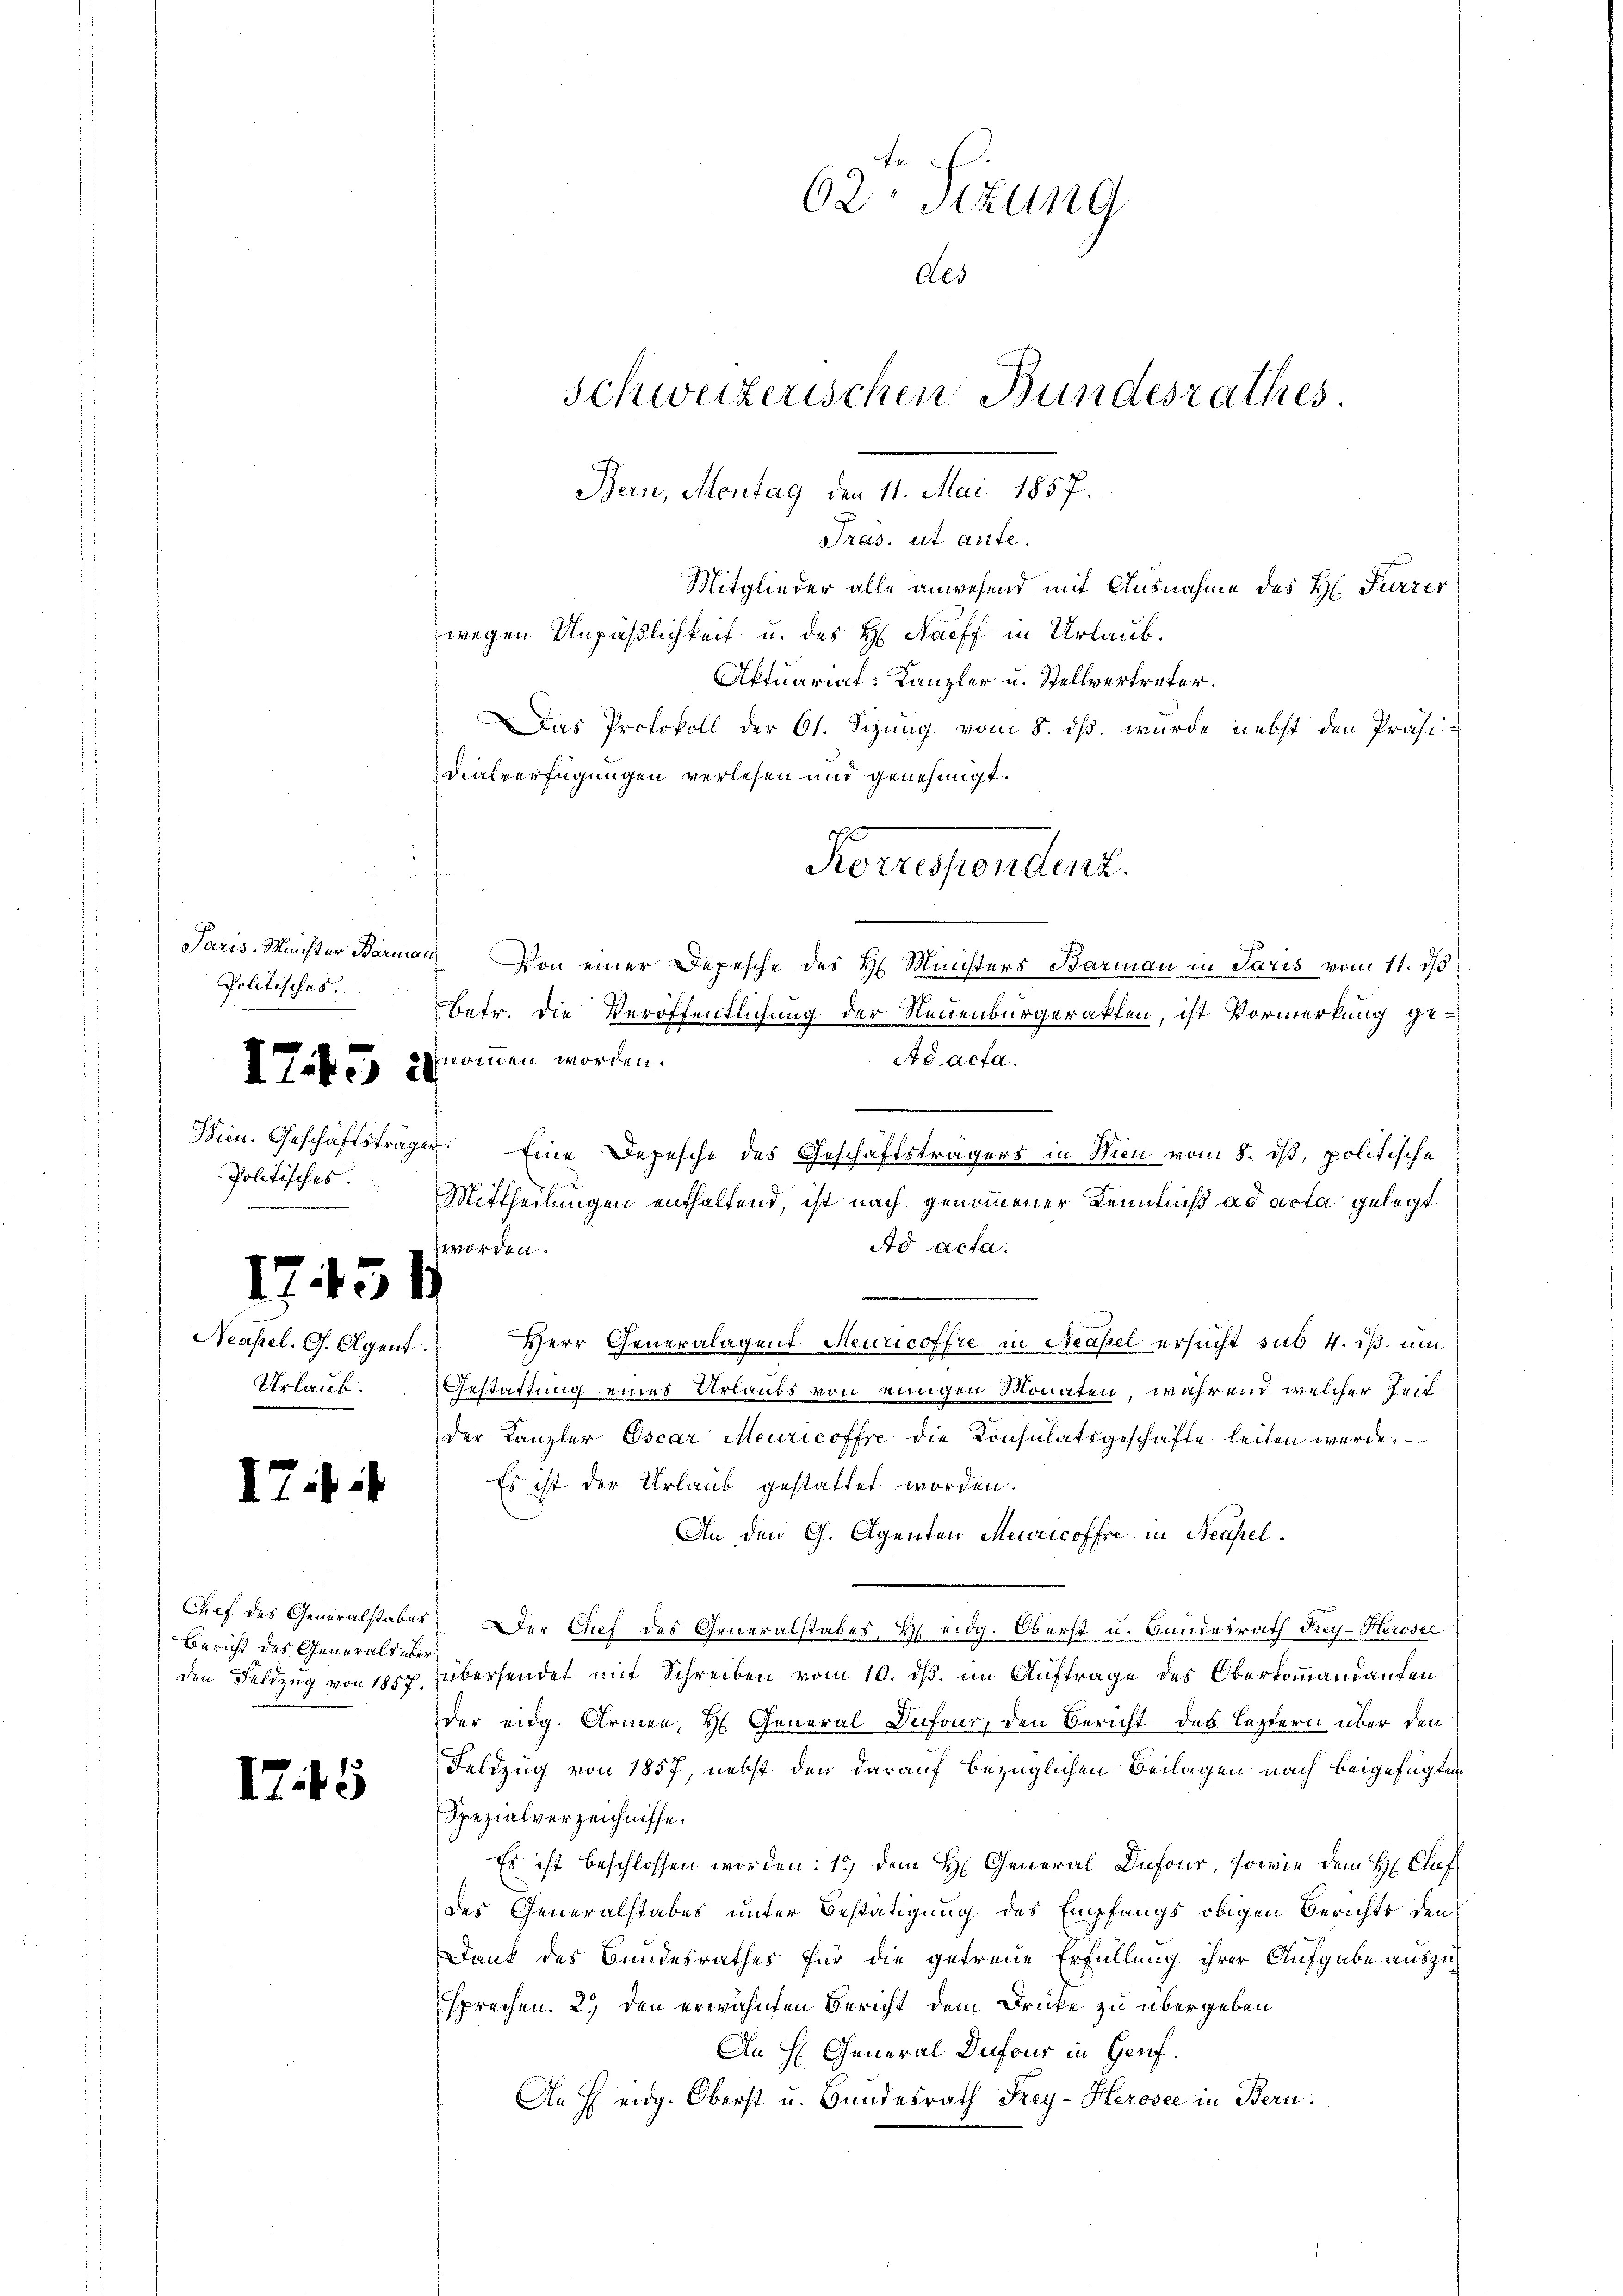
17

6

¬

Politisches.

Politisches.

Neapel. G. Agent
Urlaub.

Bericht des Generalsüber
den Feldzug von 1857.

Mitglieder alle anwesend mit Ausnahme des H. Furzer
wegen Unpäßlichkeit u. des H. Naeff in Urlaub.
Aktuariat Kanzler u. Stellvertreter.
Das Protokoll der 61. Sizung vom 8. ds. wurde nebst den Präsi-
dialverfügungen verlesen und genehmigt.
genommen worden.
Mittheilungen enthaltend, ist nach genommener Kenntniß ad acta gelegt
Ad Acta.
Herr Generalagent Meuricoffre in Neapel ersucht sub 4. ds. um
Gestattung eines Urlaubs von einigen Monaten, während welcher Zeit
der Kanzler Oscar Meuricoffre die Konsulatsgeschäfte leiten wurde.
Es ist der Urlaub gestattet worden.
An den G. Agenten Meuricoffre in Neapel.
Chef des Generalstaber, Der Chef des Generalstabes, H. eidg. Oberst u. Bundesrath Frey- Herosel
übersendet mit Schreiben vom 10. ds. im Auftrage des Oberkommandanten
der eidg. Armen, Hs. General Dufour, den Bericht des leztern über den
Feldzug von 1857, nebst den darauf bezüglichen Beilagen nach beigefügten
Spezialverzeichnisse.
Es ist beschlossen worden: 1) dem H. General Dufour, sowie dem H Chuf
des Generalstabes unter Bestätigung des Empfangs obigen Berichts den
Dank des Bundesrathes für die getreue Erfüllung ihrer Aufgabe auszusprechen. 2. den erwähnten Bericht dem Drucke zu übergeben
An H General Dufour in Genf.
An H. eidg. Oberst u. Bundesrath Frey- Herosee in Bern.

worden.

62: Sizung
Aes
Schweizerischen Bundesrathes.
Ban, Montag den 11.

Pras. et ante.

Forresponden.

Paris. Meister Barnien Von einer Depesche des H. Ministers Barmann in Paris vom 11. ds

Betr. die Veröffentlichung der Neuenburgerakten, ist Vormerkung ge-
Ad acta.
.
Hirn. Geschäftsträger. Eine Depesche des Geschäftsträgers in Wien vom 8. ds, politische